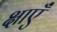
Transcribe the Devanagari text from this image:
क्षाएँ